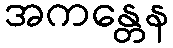
အကန္တေန